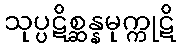
သုပ္ပဋိစ္ဆန္နမုက္ကုဋိ